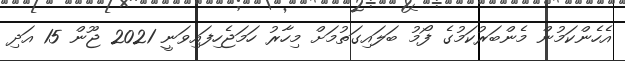
އެހެންކަމުން މެންބަރުކަމުގެ ފޯމު ބަލައިގަތުމަށް މިހާރު ހަމަޖެހިފައިވަނީ 2021 ޖޫން 15 އަދި